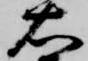
右